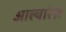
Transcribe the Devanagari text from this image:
आल्वारेज़